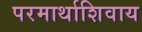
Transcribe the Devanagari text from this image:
परमार्थाशिवाय